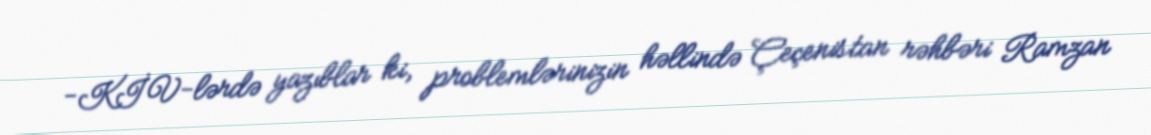
-KİV-lərdə yazıblar ki, problemlərinizin həllində Çeçenistan rəhbəri Ramzan